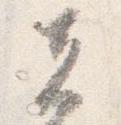
者